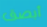
أبصق